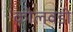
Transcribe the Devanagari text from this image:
कोलवडी